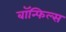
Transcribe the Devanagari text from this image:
बाॅन्फिल्स